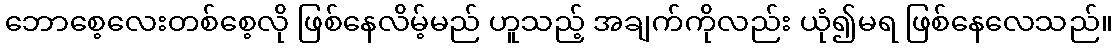
ဘောစေ့လေးတစ်စေ့လို ဖြစ်နေလိမ့်မည် ဟူသည့် အချက်ကိုလည်း ယုံ၍မရ ဖြစ်နေလေသည်။